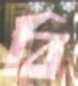
বি